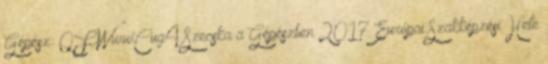
Gépész: QFWwwCug4 Szecska a Gépészben 2017 Európai Szakképzési Hete